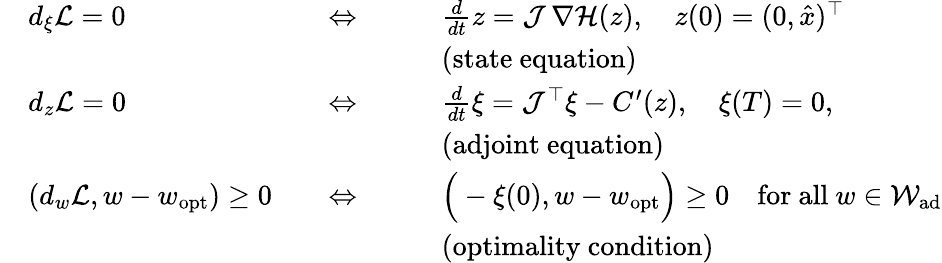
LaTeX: \begin{array}{rlrl}&{d_{\xi}\mathcal L=0\quad}&{\Leftrightarrow\qquad}&{\frac{d}{dt}z=\mathcal J\, \nabla\mathcal H(z),\quad z(0)=(0,\hat{x})^{\top}}\\ &{}&&{\mathrm{(state~equation)}}\\ &{d_{z}\mathcal L=0\quad}&{\Leftrightarrow\qquad}&{\frac{d}{dt}\xi=\mathcal J^{\top}\xi-C^{\prime}(z),\quad\xi(T)=0,}\\ &{}&&{\mathrm{(adjoint~equation)}}\\ &{(d_{w}\mathcal L,w-w_{\mathrm{opt}})\ge 0\quad}&{\Leftrightarrow\qquad}&{\Big(-\xi(0),w-w_{\mathrm{opt}}\Big)\ge 0\quad\mathrm{for~all~}w\in\mathcal W_{\mathrm{ad}}}\\ &{}&&{\mathrm{(optimality~condition)}}\end{array}